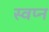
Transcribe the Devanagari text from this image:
स्वप्‍न